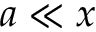
a \ll x